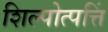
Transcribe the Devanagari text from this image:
शिल्पोत्पत्तिं